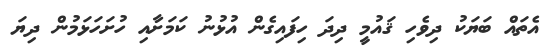
އެތައް ބަޔަކު ދިވެހި ޤައުމީ ދިދަ ހިފައިގެން އުޅުނު ކަމަށާއި ހުށަހަޅަމުން ދިޔަ